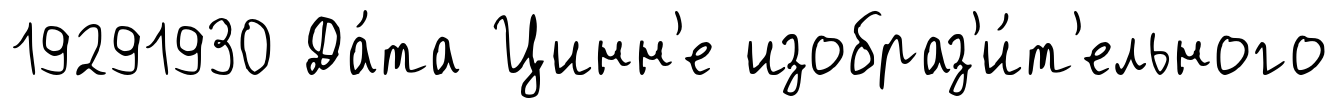
19291930 Да́та Цинн'е изобраз'и́т'ельного